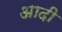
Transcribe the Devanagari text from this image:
अादी